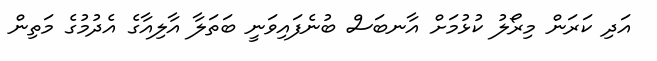
އަދި ކަރަން މިރޯލު ކުޅުމަށް އާނބަސް ބުނެފައިވަނީ ބަތަލާ އާލިއާގެ އެދުމުގެ މަތިން